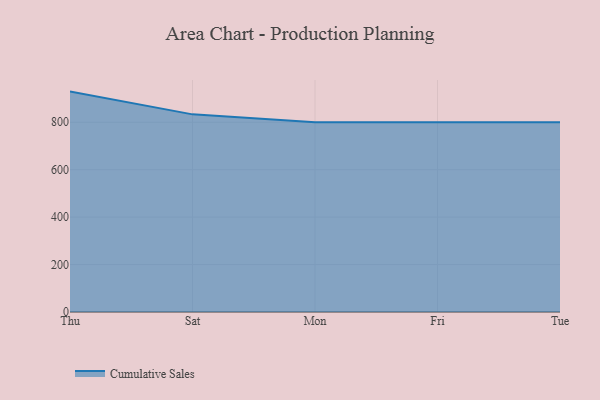
{"axis": {"x": "Day", "y": "Website Visitors"}, "legend": ["Cumulative Sales"], "data": [{"x": "Thu", "y": 929.4, "type": "Cumulative Sales"}, {"x": "Sat", "y": 833.4, "type": "Cumulative Sales"}, {"x": "Mon", "y": 800, "type": "Cumulative Sales"}, {"x": "Fri", "y": 800, "type": "Cumulative Sales"}, {"x": "Tue", "y": 800, "type": "Cumulative Sales"}]}